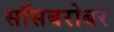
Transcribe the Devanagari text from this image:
सॉसबरोबर